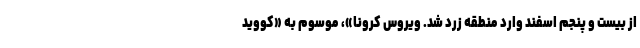
از بیست و پنجم اسفند وارد منطقه زرد شد. ویروس کرونا»، موسوم به «کووید